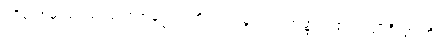
ပရိယောဓာယ၊ သင့်သောအကြေင်းကို ထည့်သွင်း၍။ အတ္ထံ၊ ငါ၏အကျိုးစီးပွားကို။